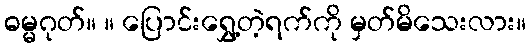
ဓမ္မဂုတ်။ ။ ပြောင်းရွှေ့တဲ့ရက်ကို မှတ်မိသေးလား။